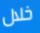
خلال